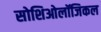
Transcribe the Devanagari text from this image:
सोशिओलॉजिकल